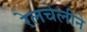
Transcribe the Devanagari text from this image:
रेलचेलीने